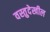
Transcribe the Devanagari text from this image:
वस्तुदेखील